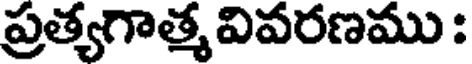
ప్రత్యగాత్మ వివరణము :